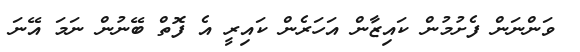
ވަންނަން ފެށުމުން ކައިޒާން އަހަރެން ކައިރީ އެ ފޮތް ބޭނުން ނަމަ އޭނަ